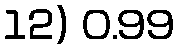
12) 0.99